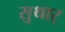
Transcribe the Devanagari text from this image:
सुथार्